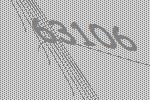
63106